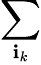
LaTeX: \sum_{\mathbf{i}_{k}}